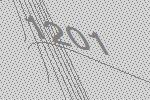
1201